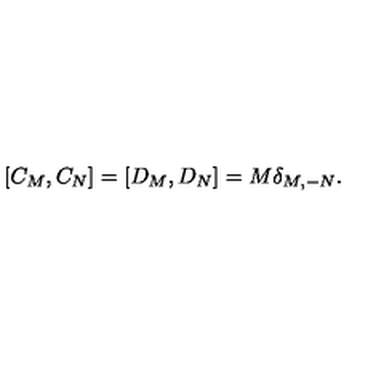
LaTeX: \left[ C _ { M } , C _ { N } \right] = \left[ D _ { M } , D _ { N } \right] = M \delta _ { M , - N } .